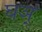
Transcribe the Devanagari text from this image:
घञ्‌